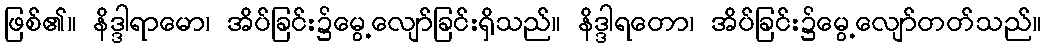
ဖြစ်၏။ နိဒ္ဒါရာမော၊ အိပ်ခြင်း၌မွေ့လျော်ခြင်းရှိသည်။ နိဒ္ဒါရတော၊ အိပ်ခြင်း၌မွေ့လျော်တတ်သည်။